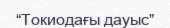
“Токиодағы дауыс”